Annual administration report of the Civil Veterinary Department, Sind - 1940-1941
Year: 1940
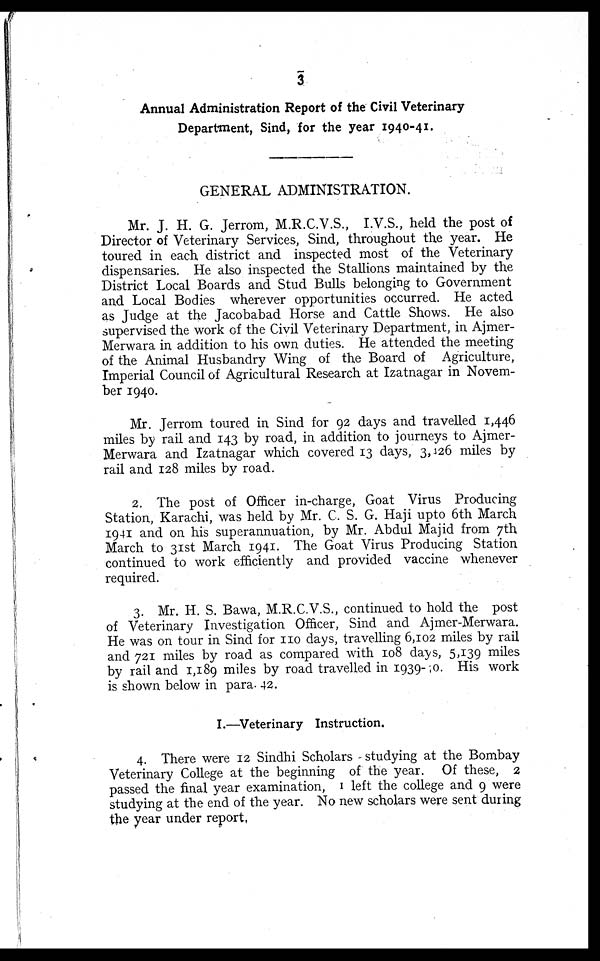
3
Annual Administration Report of the Civil Veterinary
Department, Sind, for the year 1940-41.
GENERAL ADMINISTRATION.
Mr. J. H. G. Jerrom, M.R.C.V.S., I.V.S., held the post of
Director of Veterinary Services, Sind, throughout the year. He
toured in each district and inspected most of the Veterinary
dispensaries. He also inspected the Stallions maintained by the
District Local Boards and Stud Bulls belonging to Government
and Local Bodies wherever opportunities occurred. He acted
as Judge at the Jacobabad Horse and Cattle Shows. He also
supervised the work of the Civil Veterinary Department, in Ajmer-
Merwara in addition to his own duties. He attended the meeting
of the Animal Husbandry Wing of the Board of Agriculture,
Imperial Council of Agricultural Research at Izatnagar in Novem-
ber 1940.
Mr. Jerrom toured in Sind for 92 days and travelled 1,446
miles by rail and 143 by road, in addition to journeys to Ajmer-
Merwara and Izatnagar which covered 13 days, 3,126 miles by
rail and 128 miles by road.
2. The post of Officer in-charge, Goat Virus Producing
Station, Karachi, was held by Mr. C. S. G. Haji upto 6th March
1941 and on his superannuation, by Mr. Abdul Majid from 7th
March to 31st March 1941. The Goat Virus Producing Station
continued to work efficiently and provided vaccine whenever
required.
3. Mr. H. S. Bawa, M.R.C.V.S., continued to hold the post
of Veterinary Investigation Officer, Sind and Ajmer-Merwara.
He was on tour in Sind for 110 days, travelling 6,102 miles by rail
and 721 miles by road as compared with 108 days, 5,139 miles
by rail and 1,189 miles by road travelled in 1939-40. His work
is shown below in para. 42.
I.—Veterinary Instruction.
4. There were 12 Sindhi Scholars studying at the Bombay
Veterinary College at the beginning of the year. Of these, 2
passed the final year examination, 1 left the college and 9 were
studying at the end of the year. No new scholars were sent during
the year under report,